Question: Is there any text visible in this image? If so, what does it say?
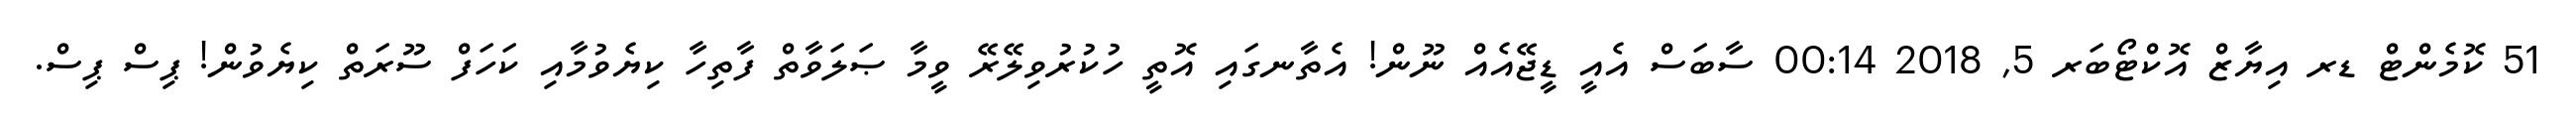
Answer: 51 ކޮމެންޓް ޑރ އިޔާޒް އޮކްޓޯބަރ 5, 2018 00:14 ސާބަސް އެއީ ޑީޖޭއެއް ނޫން! އެތާނގައި އޮތީ ހުކުރުވިލޭރޭ ވީމާ ޞަލަވާތް ފާތިހާ ކިޔެވުމާއި ކަހަފް ސޫރަތް ކިޔެވުން! ޕިސް ޕިސް.